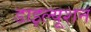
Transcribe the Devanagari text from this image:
डाइल्यूशन